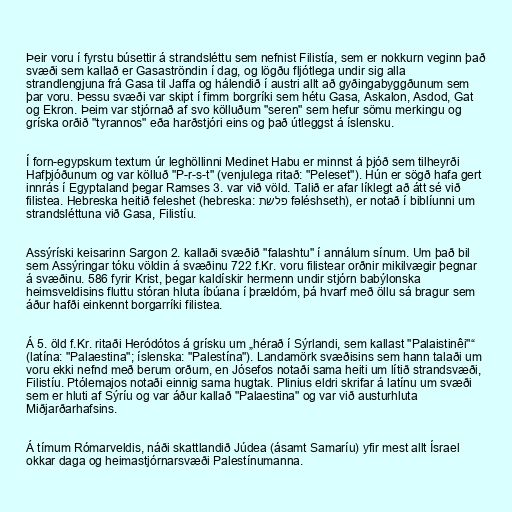
Þeir voru í fyrstu búsettir á strandsléttu sem nefnist Filistía, sem er nokkurn veginn það
svæði sem kallað er Gasaströndin í dag, og lögðu fljótlega undir sig alla
strandlengjuna frá Gasa til Jaffa og hálendið í austri allt að gyðingabyggðunum sem
þar voru. Þessu svæði var skipt í fimm borgríki sem hétu Gasa, Askalon, Asdod, Gat
og Ekron. Þeim var stjórnað af svo kölluðum "seren" sem hefur sömu merkingu og
gríska orðið "tyrannos" eða harðstjóri eins og það útleggst á íslensku.

Í forn-egypskum textum úr leghöllinni Medinet Habu er minnst á þjóð sem tilheyrði
Hafþjóðunum og var kölluð "P-r-s-t" (venjulega ritað: "Peleset"). Hún er sögð hafa gert
innrás í Egyptaland þegar Ramses 3. var við völd. Talið er afar líklegt að átt sé við
filistea. Hebreska heitið feleshet (hebreska: פלשת fəléshseth), er notað í biblíunni um
strandsléttuna við Gasa, Filistíu.

Assýríski keisarinn Sargon 2. kallaði svæðið "falashtu" í annálum sínum. Um það bil
sem Assýringar tóku völdin á svæðinu 722 f.Kr. voru filistear orðnir mikilvægir þegnar
á svæðinu. 586 fyrir Krist, þegar kaldískir hermenn undir stjórn babýlonska
heimsveldisins fluttu stóran hluta íbúana í þrældóm, þá hvarf með öllu sá bragur sem
áður hafði einkennt borgarríki filistea.

Á 5. öld f.Kr. ritaði Heródótos á grísku um „hérað í Sýrlandi, sem kallast "Palaistinêi"“
(latína: "Palaestina"; íslenska: "Palestína"). Landamörk svæðisins sem hann talaði um
voru ekki nefnd með berum orðum, en Jósefos notaði sama heiti um lítið strandsvæði,
Filistíu. Ptólemajos notaði einnig sama hugtak. Plinius eldri skrifar á latínu um svæði
sem er hluti af Sýríu og var áður kallað "Palaestina" og var við austurhluta
Miðjarðarhafsins.

Á tímum Rómarveldis, náði skattlandið Júdea (ásamt Samaríu) yfir mest allt Ísrael
okkar daga og heimastjórnarsvæði Palestínumanna.